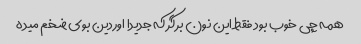
همه چی خوب بود فقط این نون برگر که جدیدا اوردین بوی ضخم میده